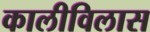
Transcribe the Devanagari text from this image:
कालीविलास